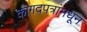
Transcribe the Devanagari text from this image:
कागदपत्रांमधून